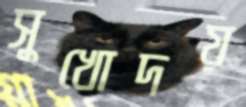
সুখোদয়